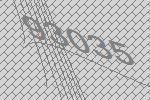
93035